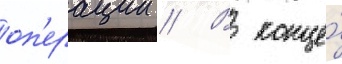
оп'ерации // В конце́